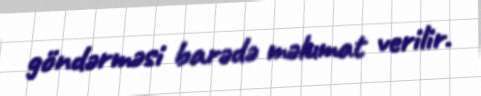
göndərməsi barədə məlumat verilir.